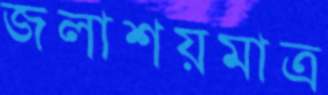
জলাশয়মাত্র